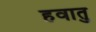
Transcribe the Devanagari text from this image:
हवातु